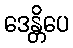
ဒေန္တိပေ